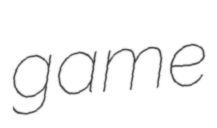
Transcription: game